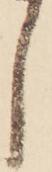
し